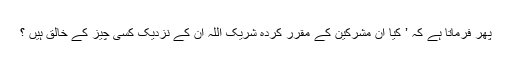
پھر فرماتا ہے کہ ’ کیا ان مشرکین کے مقرر کردہ شریک اللہ ان کے نزدیک کسی چیز کے خالق ہیں ؟